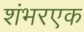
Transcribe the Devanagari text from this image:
शंभरएक